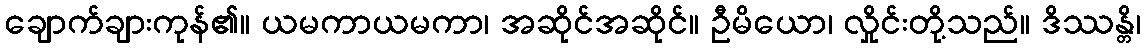
ချောက်ချားကုန်၏။ ယမကာယမကာ၊ အဆိုင်အဆိုင်။ ဦမိယော၊ လှိုင်းတို့သည်။ ဒိဿန္တိ၊